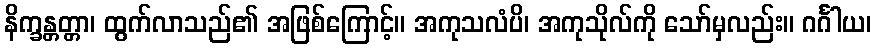
နိက္ခန္တတ္တာ၊ ထွက်လာသည်၏ အဖြစ်ကြောင့်။ အကုသလံပိ၊ အကုသိုလ်ကို သော်မှလည်း။ ဂင်္ဂါယ၊